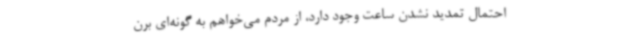
احتمال تمدید نشدن ساعت وجود دارد، از مردم می‌خواهم به گونه‌ای برن